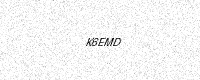
Text: K6EMD